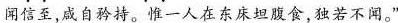
闻信至，咸自矜持。惟一人在东床坦腹食，独若不闻。“